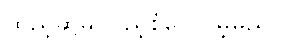
ထည့်ဆွဲမှ ပြည့်စုံပေလိမ့်မည်။